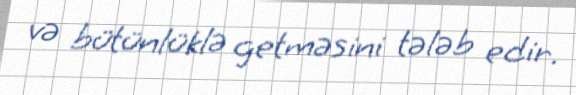
və bütünlüklə getməsini tələb edir.